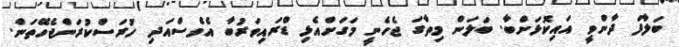
ބަލާފަ ދާންވީ އައިކޮޅަށްބާ. ބަލަން މިތާގަ ޖެހެނީ މަގަށްއެޅި ޑްރައިވަރުބާ އެވެސްއަދި ހުރަސްކުރަންޖެހޭތަން.